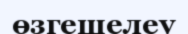
өзгешелеу